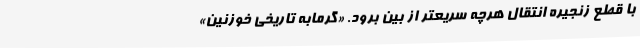
با قطع زنجیره انتقال هرچه سریعتر از بین برود. «گرمابه تاریخی خوزنین»